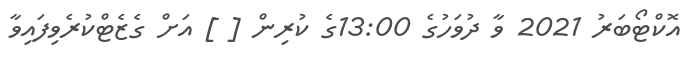
އޮކްޓޯބަރު 2021 ވާ ދުވަހުގެ 13:00ގެ ކުރިން [ ] އަށް ގެޒެޓްކުރެވިފައިވާ